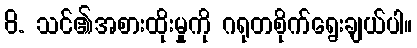
8. သင်၏အစားထိုးမှုကို ဂရုတစိုက်ရွေးချယ်ပါ။